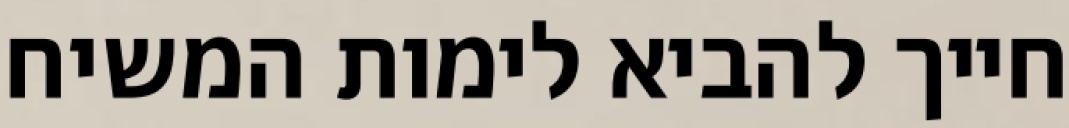
חייך להביא לימות המשיח